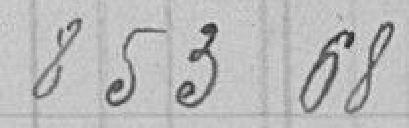
853 68